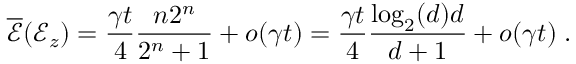
\overline { { \mathscr { E } } } ( \mathcal { E } _ { z } ) = \frac { \gamma t } { 4 } \frac { n 2 ^ { n } } { 2 ^ { n } + 1 } + o ( \gamma t ) = \frac { \gamma t } { 4 } \frac { \log _ { 2 } ( d ) d } { d + 1 } + o ( \gamma t ) \; .